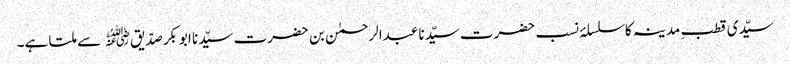
سیّدی قطبِ مدینہ کا سلسلۂ نسب حضرت سیّدنا عبدالرحمٰن بن حضرت سیّدنا ابوبکر صدّیق﷜ سے ملتا ہے۔